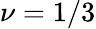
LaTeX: \nu=1/3